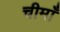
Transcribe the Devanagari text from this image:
चीमाँ